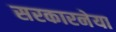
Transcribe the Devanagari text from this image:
सरकारनेया